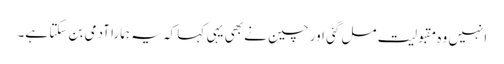
انہیں وہ مقبولیت مل گئی اور چین نے بھی یہی کہا کہ یہ ہمارا آدمی بن سکتا ہے۔